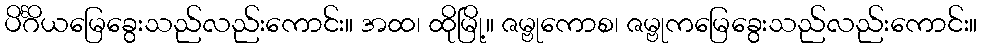
ပိင်္ဂိယမြေခွေးသည်လည်းကောင်း။ အထ၊ ထိုမြို့။ ဇမ္ဗုကောစ၊ ဇမ္ဗုကမြေခွေးသည်လည်းကောင်း။